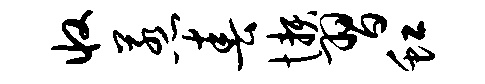
收惹春懒习虹